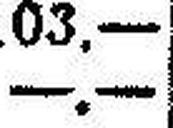
—.—